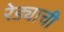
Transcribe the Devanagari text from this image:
रेड्याची